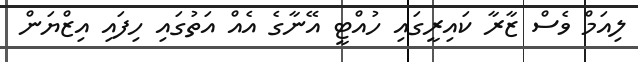
ލިއަމް ވެސް ޒާރާ ކައިރީގައި ހުއްޓީ އޭނާގެ އެއް އަތުގައި ހިފައި އިޒްޔަން